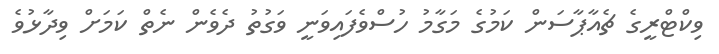
ވިކްޓްރީގެ ޗެއާޕާސަން ކަމުގެ މަގާމު ހުސްވެފައިވަނީ ވަގުތު ދެވެން ނެތް ކަމަށް ވިދާޅުވެ